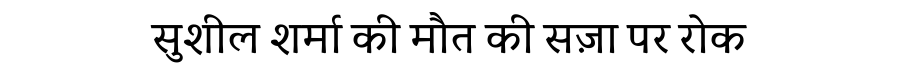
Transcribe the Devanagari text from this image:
सुशील शर्मा की मौत की सज़ा पर रोक